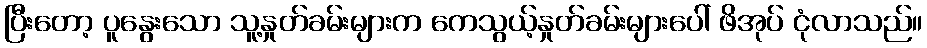
ပြီးတော့ ပူနွေးသော သူ့နှုတ်ခမ်းများက ကေသွယ့်နှုတ်ခမ်းများပေါ် ဖိအုပ် ငုံလာသည်။